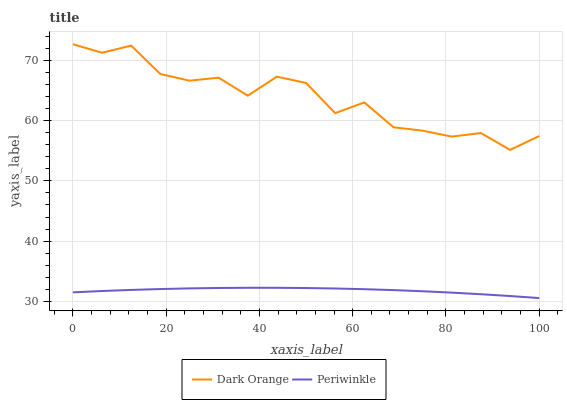
| xaxis_label | Dark Orange | Periwinkle |
 | --- | --- | --- |
 | 0 | 72.7 | 31.5 |
 | 6.25 | 71.3 | 31.7 |
 | 12.5 | 72.5 | 31.9 |
 | 18.8 | 67.8 | 32 |
 | 25 | 66.6 | 32.1 |
 | 31.2 | 67.1 | 32.2 |
 | 37.5 | 64.2 | 32.2 |
 | 43.8 | 67.3 | 32.2 |
 | 50 | 66.3 | 32.2 |
 | 56.2 | 61.3 | 32.1 |
 | 62.5 | 63 | 32 |
 | 68.8 | 58.9 | 31.9 |
 | 75 | 58.3 | 31.7 |
 | 81.2 | 57.4 | 31.4 |
 | 87.5 | 57.9 | 31.2 |
 | 93.8 | 55.1 | 30.9 |
 | 100 | 57.4 | 30.5 |